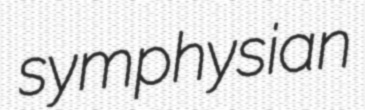
symphysian